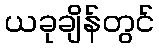
ယခုချိန်တွင်